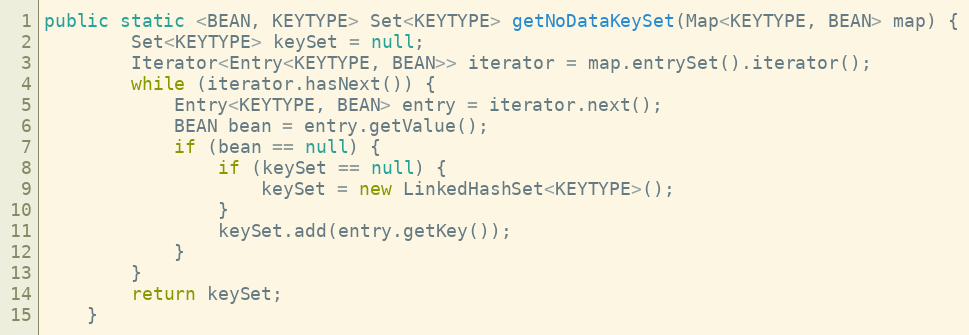
Language: Java
public static <BEAN, KEYTYPE> Set<KEYTYPE> getNoDataKeySet(Map<KEYTYPE, BEAN> map) {
		Set<KEYTYPE> keySet = null;
		Iterator<Entry<KEYTYPE, BEAN>> iterator = map.entrySet().iterator();
		while (iterator.hasNext()) {
			Entry<KEYTYPE, BEAN> entry = iterator.next();
			BEAN bean = entry.getValue();
			if (bean == null) {
				if (keySet == null) {
					keySet = new LinkedHashSet<KEYTYPE>();
				}
				keySet.add(entry.getKey());
			}
		}
		return keySet;
	}